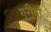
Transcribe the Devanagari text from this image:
गरीबौं